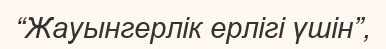
“Жауынгерлік ерлігі үшін”,